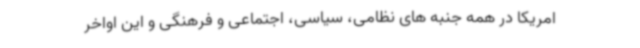
امریکا در همه جنبه های نظامی، سیاسی، اجتماعی و فرهنگی و این اواخر